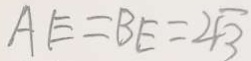
A E = B E = 2 \sqrt { 3 }